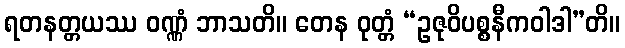
ရတနတ္တယဿ ဝဏ္ဏံ ဘာသတိ။ တေန ဝုတ္တံ “ဥဇုဝိပစ္စနီကဝါဒါ”တိ။